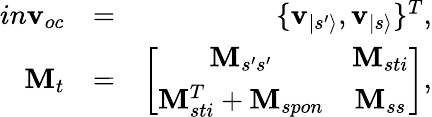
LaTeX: \begin{array}{rlr}{in\mathbf{v}_{oc}}&{=}&{\{ \mathbf{v}_{|s^{\prime}\rangle},\mathbf{v}_{|s\rangle}\} ^{T},}\\ {\mathbf{M}_{t}}&{=}&{\left[\begin{array}{cc}{\mathbf{M}_{s^{\prime}s^{\prime}}}&{\mathbf{M}_{sti}}\\ {\mathbf{M}_{sti}^{T}+\mathbf{M}_{spon}}&{\mathbf{M}_{ss}}\end{array}\right],}\end{array}